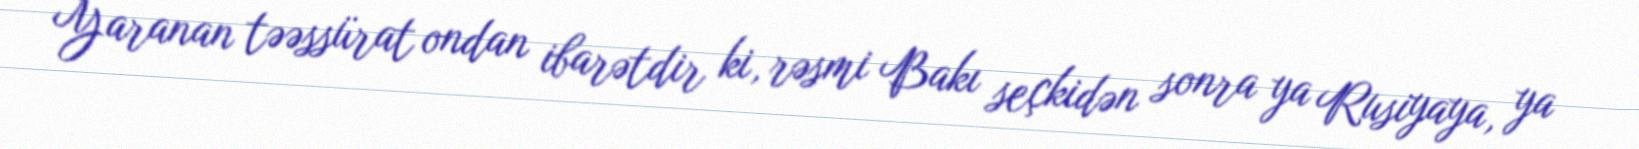
Yaranan təəssürat ondan ibarətdir ki, rəsmi Bakı seçkidən sonra ya Rusiyaya, ya